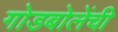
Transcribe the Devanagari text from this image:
गोडबोलेंची